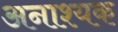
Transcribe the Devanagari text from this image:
अनाश्यक